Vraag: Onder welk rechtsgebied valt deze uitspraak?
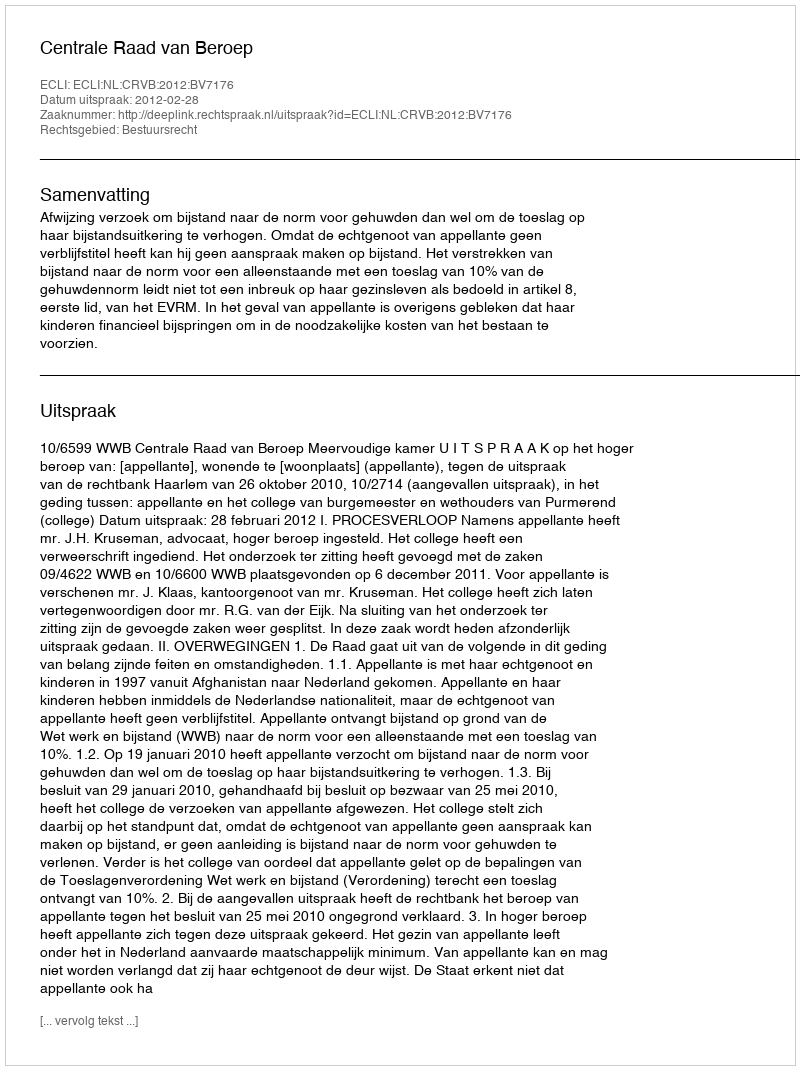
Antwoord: Bestuursrecht